Report on vaccination in Madras 1877-1894 - 1877-1894
Year: 1877
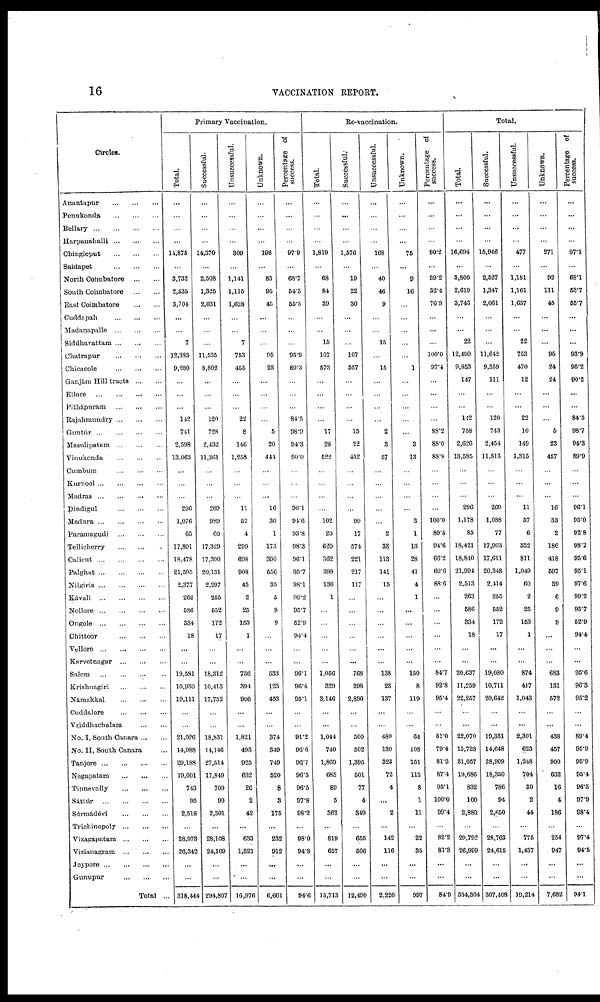
16
VACCINATION REPORT.
Circles.
Anantapur
...
...
...
Penukonda
...
...
...
Bellary
...
...
...
...
Harpanahalli ... ... ...
Chingleput
...
...
...
Saidapet
...
...
...
North Coímbatore
...
...
South Coimbatore
...
...
East Coimbatore
...
...
Cuddnpah
...
...
...
Madanapalle
...
...
...
Siddhavattam ...
...
...
Chatrapur
...
...
...
Chicacole
...
...
...
Ganjám Hill tracts ... ...
Ellore
...
...
...
...
Pithápuram
...
...
...
Rajahmundry ... ... ...
Guntúr
...
...
...
...
Masulipatam ... ... ...
Vinukonda
...
...
...
Cumbum
...
...
...
Kurnool ... ... ... ...
Madras
...
...
...
...
Dindigul
...
...
...
Madura ... ... ... ...
Paramagudi
...
...
...
Tellicherry
...
...
...
Calicut
...
...
...
...
Palghat ... ... ... ...
Nilgiris ... ... ... ...
Kávali
...
...
...
...
Nellore
...
...
...
...
Ongole
...
...
...
...
Chittoor
...
...
...
Vellore
...
...
...
...
Karvetnagar
...
...
...
Salem
...
...
...
...
Krishnagiri
...
...
...
Námakkal
...
...
...
Cuddalore
...
...
...
Vriddhachalam
...
...
No. I, South Canara ... ...
No. II, South Canara ...
Tanjore
...
...
...
...
Negapatam
...
...
...
Tinnevelly
...
...
...
Sáttúr
...
...
...
...
Sérmádévi
...
...
...
Trichinopoly ... ... ...
Vizagapatam ... ... ...
Vizianagram
...
...
...
Jeypore ... ... ... ...
Gunupur
...
...
...
Total ...
Primary Vaccination.
Total.
...
...
...
...
14,875
...
3,732
2,535
3,704
...
...
7
12,383
9,280
...
...
...
142
741
2,598
13,063
...
...
...
296
1,076
65
17,801
18,478
21,595
2,377
262
586
334
18
...
...
19,581
10,930
19,111
...
...
21,026
14,988
29,188
19,001
743
95
2,518
...
28,973
26,342
...
...
318,444
Successful.
...
...
...
...
14,370
...
2,508
1,325
2,031
...
...
...
11,535
8,802
...
...
...
120
728
2,432
11,361
...
...
...
269
989
60
17,329
17,390
20,131
2,297
255
552
172
17
...
...
18,312
10,413
17,752
...
...
18,831
14,146
27,514
17,849
709
90
2,301
...
28,108
24,109
...
...
294,807
Unsuccessful.
...
...
...
...
309
...
1,141
1,115
1,628
...
...
7
753
455
...
...
...
22
8
146
1,258
...
...
...
11
57
4
299
698
908
45
2
25
153
1
...
...
736
394
906
...
...
1,821
493
925
632
26
2
42
...
633
1,321
...
...
16,976
Unknown.
...
...
...
...
196
...
83
95
45
...
...
...
95
23
...
...
...
...
5
20
441
...
...
...
16
30
1
173
390
556
35
5
9
9
...
...
...
533
123
453
...
...
374
349
749
520
8
3
175
...
232
912
...
...
6,661
Percentage of
success.
...
...
...
...
97.9
...
68.7
54.3
55.5
...
...
...
93.9
89.3
...
...
...
84.5
98.9
94.3
90.0
...
...
...
96.1
94.6
93.8
98.3
96.1
95.7
98.1
99.2
95.7
52.9
94.4
...
...
96.1
96.4
95.1
...
...
91.2
96.6
96.7
96.5
96.5
97.8
98.2
...
98.0
94.8
...
...
94.6
Re-vaccination.
Total.
...
...
...
...
1,819
...
68
84
39
...
...
15
107
573
...
...
...
...
17
28
522
...
...
...
...
102
20
620
362
399
136
1
...
...
...
...
...
1,056
329
3,146
...
...
1,044
740
1,869
685
89
5
362
...
819
657
...
...
15,713
Successful.
...
...
...
...
1,576
...
19
22
30
...
...
...
107
557
...
...
...
...
15
22
452
...
...
...
...
99
17
574
221
217
117
...
...
...
...
...
...
768
298
2,890
...
...
500
502
1,395
501
77
4
349
...
655
506
...
...
12,490
Unsuccessful.
...
...
...
...
168
...
40
46
9
...
...
15
...
15
...
...
...
...
2
3
57
...
...
...
...
...
2
33
113
141
15
...
...
...
...
...
...
138
23
137
...
...
480
130
323
72
4
...
2
...
142
116
...
...
2,226
Unknown.
...
...
...
...
75
...
9
16
...
...
...
...
...
1
...
...
...
...
...
3
13
...
...
...
...
3
1
13
28
41
4
1
...
...
...
...
...
150
8
119
...
...
64
108
151
112
8
1
11
...
22
35
...
...
997
Percentage of
success.
...
...
...
...
90.2
...
39.2
32.4
76.9
...
...
...
100.0
97.4
...
...
...
...
88.2
88.0
88.8
...
...
...
...
100.0
89.5
94.6
66.2
60.6
88.6
...
...
...
...
...
...
84.7
92.8
95.4
...
...
61.0
79.4
81.2
87.4
95.1
100.0
99.4
...
82.2
81.3
...
...
84.9
Total.
Total.
...
...
...
...
16,694
...
3,800
2,619
3,743
...
...
22
12,490
9,853
147
...
...
142
758
2,626
13,585
...
...
...
296
1,178
85
18,421
18,840
21,994
2,513
263
586
334
18
...
...
20,637
11,259
22,257
...
...
22,070
15,728
31,057
19,686
832
100
2,880
...
29,792
26,999
...
...
334,304
Successful.
...
...
...
...
16,946
...
2,527
1,347
2,061
...
...
...
11,642
9,359
111
...
...
120
743
2,454
11,813
...
...
...
269
1,088
77
17,903
17,611
20,348
2,414
255
552
172
17
...
...
19,080
10,711
20,642
...
...
19,331
14,648
28,909
18,350
786
94
2,650
...
28,763
24,615
...
...
307,408
Unsuccessful.
...
...
...
...
477
...
1,181
1,161
1,637
...
...
22
753
470
12
...
...
22
10
149
1,315
...
...
...
11
57
6
332
811
1,049
60
2
25
153
1
...
...
874
417
1,043
...
...
2,301
623
1,248
704
30
2
44
...
775
1,437
...
...
19,214
Unknown.
...
...
...
...
271
...
92
111
46
...
...
...
95
24
24
...
...
...
5
23
457
...
...
...
16
33
2
186
418
597
39
6
9
9
...
...
...
683
131
572
...
...
438
467
900
632
16
4
186
...
254
947
...
...
7,682
Percentage of
success.
...
...
...
...
97.1
...
68.1
53.7
55.7
...
...
...
93.9
95.2
90.2
...
...
84.5
98.7
94.3
89.9
...
...
...
96.1
95.0
92.8
98.2
95.6
95.1
97.6
99.2
95.7
52.9
94.4
...
...
95.6
96.3
95.2
...
...
89.4
95.9
95.9
95.4
96.3
97.9
98.4
...
97.4
94.5
...
...
94.1